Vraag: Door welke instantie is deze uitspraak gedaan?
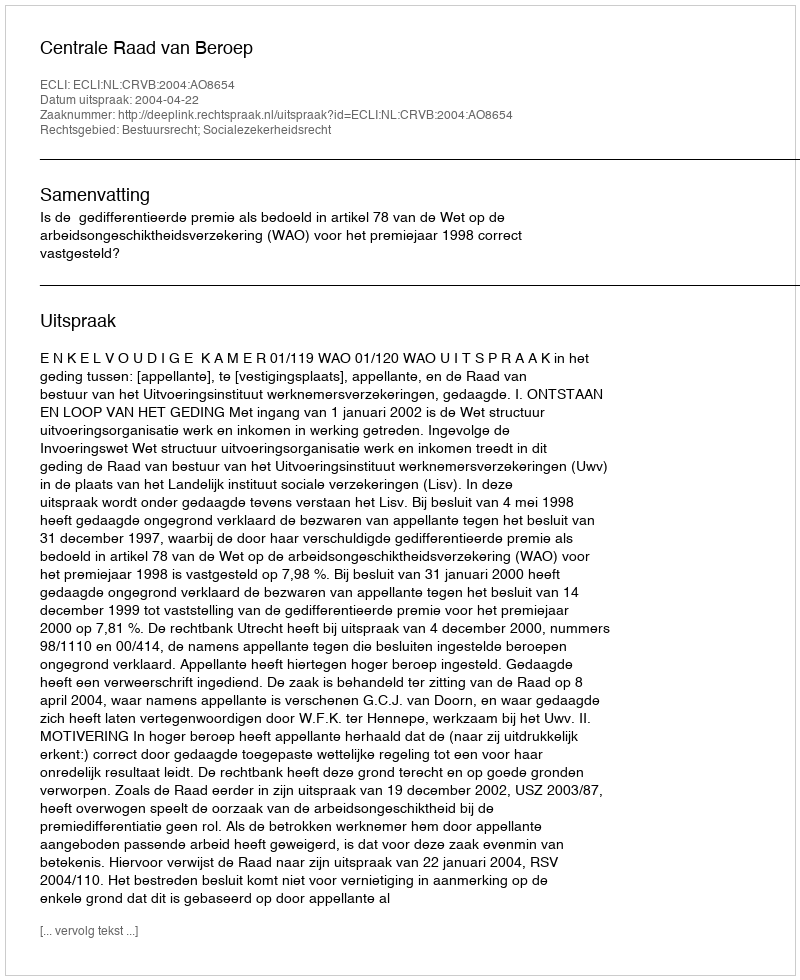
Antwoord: Centrale Raad van Beroep